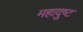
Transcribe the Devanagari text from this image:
महादुष्ट